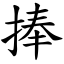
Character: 捧